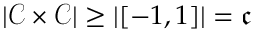
| { \mathcal { C } } \times { \mathcal { C } } | \geq | [ - 1 , 1 ] | = { \mathfrak { c } }